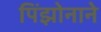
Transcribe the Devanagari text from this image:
पिंझोनाने